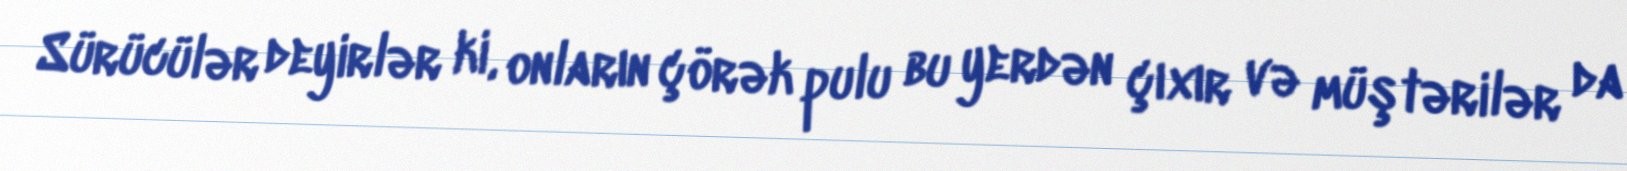
Sürücülər deyirlər ki, onların çörək pulu bu yerdən çıxır və müştərilər da